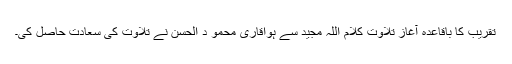
تقریب کا باقاعدہ آغاز تلاوت کلام اللہ مجید سے ہواقاری محمو د الحسن نے تلاوت کی سعادت حاصل کی۔